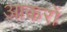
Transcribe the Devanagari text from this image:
आकरों